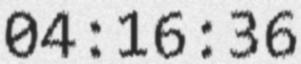
04:16:36